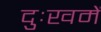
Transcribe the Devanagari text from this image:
दुःखमें